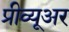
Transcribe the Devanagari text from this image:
प्रीव्यूअर